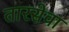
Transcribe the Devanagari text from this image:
तारसेवा